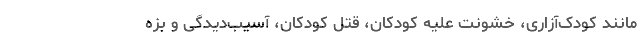
مانند کودک‌آزاری، خشونت علیه کودکان، قتل کودکان، آسیب‌دیدگی و بزه